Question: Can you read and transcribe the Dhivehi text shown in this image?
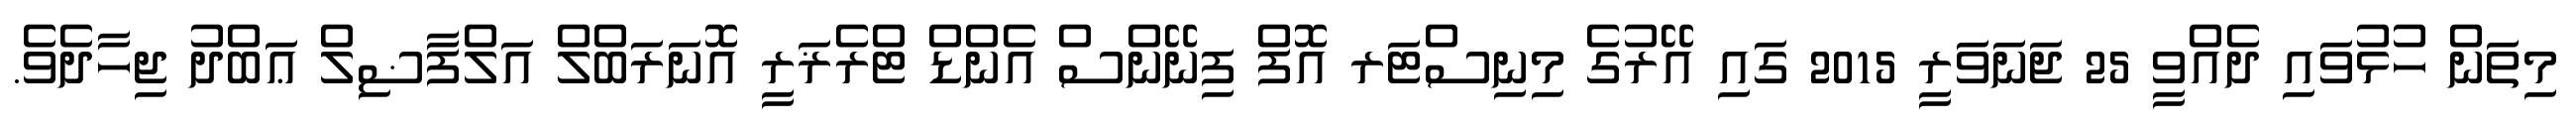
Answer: މިތަން ހުޅުވައި ދެއްވީ 25 ޖަނަވަރީ 2015 ގައި އޭރުގެ މިނިސްޓަރ އޮފް ފިނޭންސް އެންޑް ޓްރެޜަރީ އޮނަރަބްލް އަލްފާޟިލް ޢަބްދު ޖިހާދެވެ.